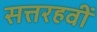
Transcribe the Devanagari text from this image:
सत्तरहवीं